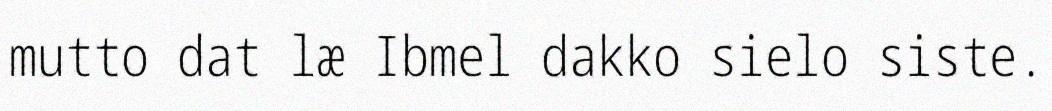
mutto dat læ Ibmel dakko sielo siste.